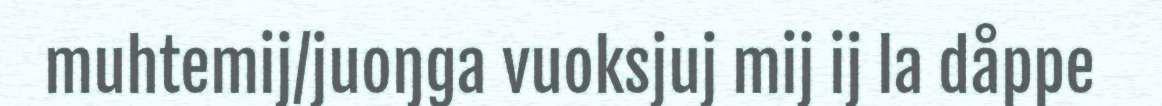
muhtemij/juoŋga vuoksjuj mij ij la dåppe